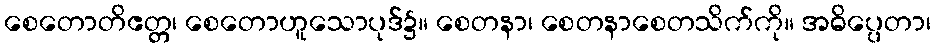
စေတောတိဧတ္တ၊ စေတောဟူသောပုဒ်၌။ စေတနာ၊ စေတနာစေတသိက်ကို။ အဓိပ္ပေတာ၊